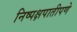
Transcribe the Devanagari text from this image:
निष्पक्षपातीपणे